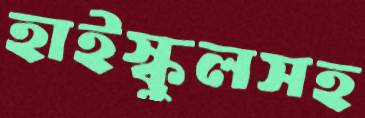
হাইস্কুলসহ